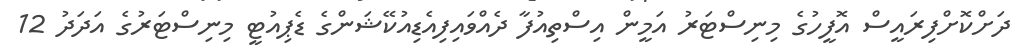
ދަށްކޮށްފިރައީސް އޮފީހުގެ މިނިސްޓަރު އަމީން އިސްތިއުފާ ދެއްވައިފިއެޑިއުކޭޝަންގެ ޑެޕިއުޓީ މިނިސްޓަރުގެ އަދަދު 12